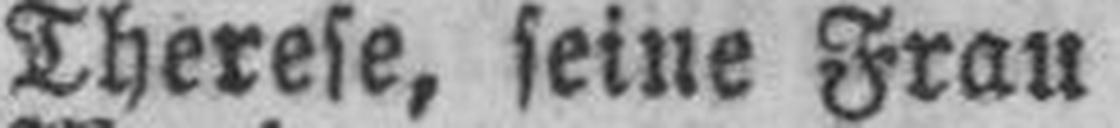
Therese, seine Frau